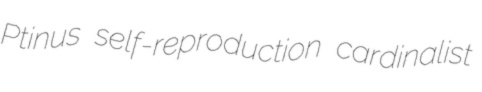
Ptinus self-reproduction cardinalist